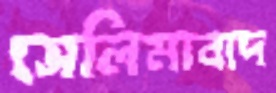
সেলিমাবাদ